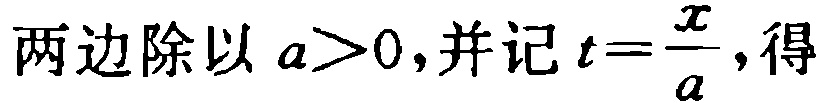
两边除以 \(a>0\)，并记 \(t = \frac{x}{a}\)，得